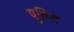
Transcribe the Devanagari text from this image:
पुतिय